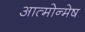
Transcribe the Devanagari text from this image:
आत्मोन्मेष